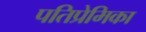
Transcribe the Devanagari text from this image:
पतिप्रेमिका